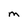
Character: M